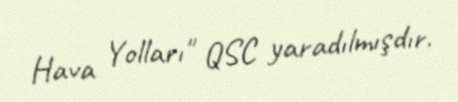
Hava Yolları" QSC yaradılmışdır.